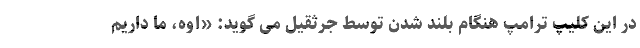
در این کلیپ ترامپ هنگام بلند شدن توسط جرثقیل می گوید: «اوه، ما داریم